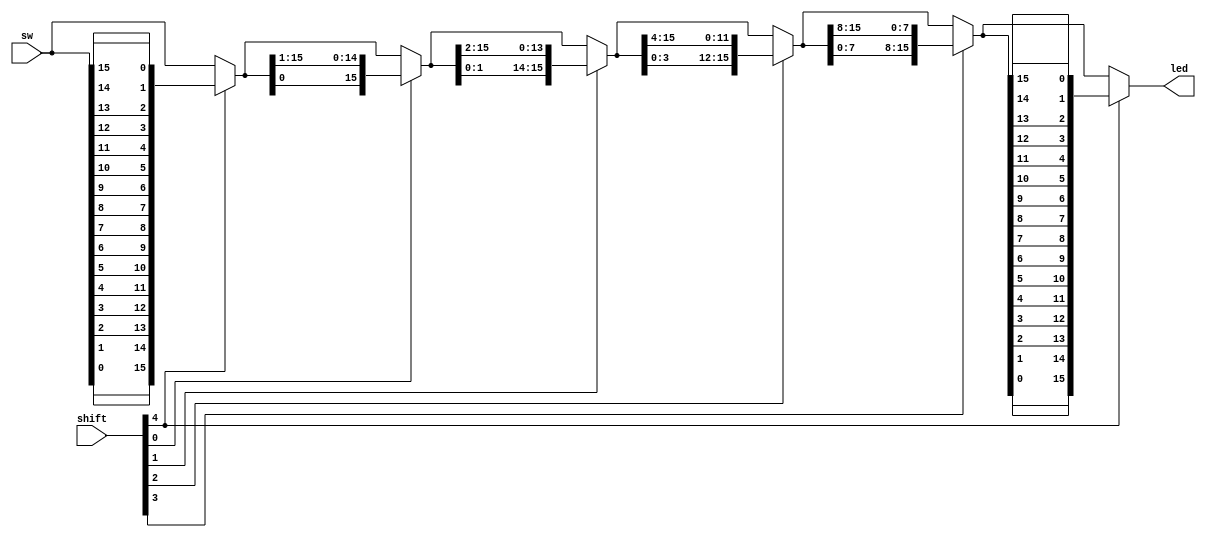
// Listing 3.19
module barrel_shifter_stage_sim
   (
    input [15:0] sw,
    input [4:0] shift,
    output [15:0] led
   );

   // signal declaration
   wire [15:0] s0, s1, s2, s3, s4;
   wire btnc,btnr,btnu,btnl,btnd;
   assign {btnc,btnd,btnl,btnu,btnr} = shift;

   // body
   // stage 0, invert for left
   assign s0 = btnc ? {sw[0],sw[1],sw[2],sw[3],sw[4],sw[5],sw[6],sw[7],sw[8],sw[9],sw[10],sw[11],sw[12],sw[13],sw[14],sw[15]} : sw;
   // stage 1, shift 0 or 1 bit
   assign s1 = btnr ? {s0[0], s0[15:1]} : s0;
   // stage 2, shift 0 or 2 bits
   assign s2 = btnu ? {s1[1:0] , s1[15:2]} : s1;
   // stage 3, shift 0 or 4 bits
   assign s3 = btnl ? {s2[3:0], s2[15:4]} : s2;
   // stage 4, shift 0 or 4 bits
   assign s4 = btnd ? {s3[7:0], s3[15:8]} : s3;
   // stage 5, invert back for left
   assign led = btnc ? {s4[0],s4[1],s4[2],s4[3],s4[4],s4[5],s4[6],s4[7],s4[8],s4[9],s4[10],s4[11],s4[12],s4[13],s4[14],s4[15]} : s4;

endmodule